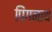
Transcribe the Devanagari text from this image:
पिंगनाथ